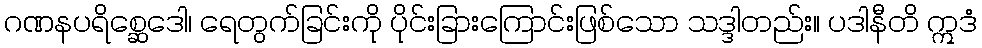
ဂဏနပရိစ္ဆေဒေါ၊ ရေတွက်ခြင်းကို ပိုင်းခြားကြောင်းဖြစ်သော သဒ္ဒါတည်း။ ပဒါနီတိ ဣဒံ